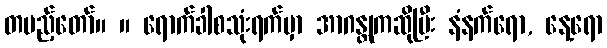
တပည့်တော်။ ။ ရောက်ခါစသုံးရက်မှာ အာဂန္တုကဆိုပြီး နံနက်ရော, နေ့ရော